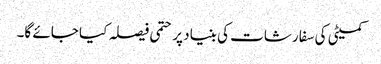
کمیٹی کی سفارشات کی بنیاد پر حتمی فیصلہ کیا جائے گا۔